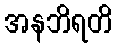
အနဘိရတိ